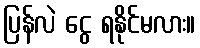
ပြန်လဲ ငွေ ရနိုင်မလား။